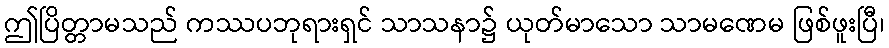
ဤပြိတ္တာမသည် ကဿပဘုရားရှင် သာသနာ၌ ယုတ်မာသော သာမဏေမ ဖြစ်ဖူးပြီ၊